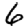
Digit: 6